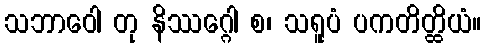
သဘာဝေါ တု နိဿဂ္ဂေါ စ၊ သရူပံ ပကတိတ္ထိယံ။